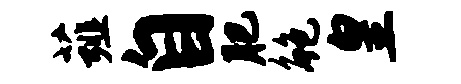
薤自肥鲍皇